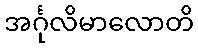
အင်္ဂုလိမာလောတိ